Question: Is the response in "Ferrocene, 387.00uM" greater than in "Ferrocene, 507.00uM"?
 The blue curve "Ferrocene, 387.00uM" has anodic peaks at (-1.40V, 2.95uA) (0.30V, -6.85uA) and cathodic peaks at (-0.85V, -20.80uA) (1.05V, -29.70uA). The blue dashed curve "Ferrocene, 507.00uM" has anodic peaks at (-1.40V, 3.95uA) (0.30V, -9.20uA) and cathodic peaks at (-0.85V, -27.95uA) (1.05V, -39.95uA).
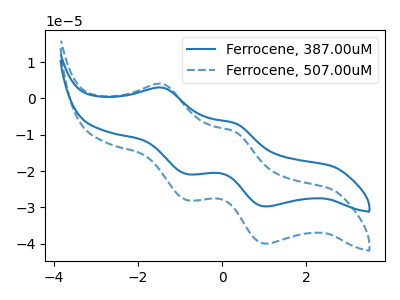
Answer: <think>All the peaks in "Ferrocene, 387.00uM" have a peak in "Ferrocene, 507.00uM" at the same potential.
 </think>
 <answer>I cant tell if "Ferrocene, 387.00uM" or "Ferrocene, 507.00uM" has more signal.</answer>
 <eval>mixed_signal</eval>